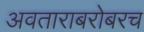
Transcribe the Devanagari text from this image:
अवताराबरोबरच